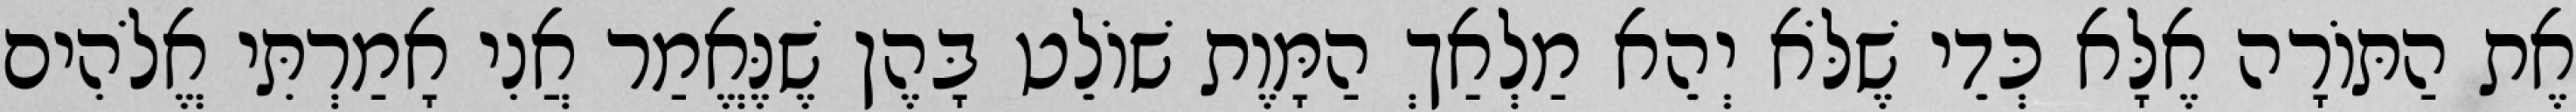
אֶת הַתּוֹרָה אֶלָּא כְּדֵי שֶׁלֹּא יְהֵא מַלְאַךְ הַמָּוֶת שׁוֹלֵט בָּהֶן שֶׁנֶּאֱמַר אֲנִי אָמַרְתִּי אֱלֹהִים